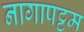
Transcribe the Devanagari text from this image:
नागापट्टम